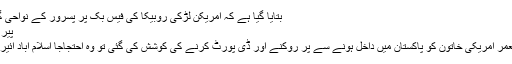
بتایا گیا ہے کہ امریکن لڑکی روبیکا کی فیس بک پر پسرور کے نواحی گاں جسوراں کے 24 سالہ ...
پیر‬‮ 11 ‬‮نومبر‬‮ 2019 | 13:49
اسلام آباد(مانیٹرنگ ڈیسک)معمر امریکی خاتون کو پاکستان میں داخل ہونے سے پر روکنے اور ڈی پورٹ کرنے کی کوشش کی گئی تو وہ احتجاجاً اسلام آباد ائیرپورٹ کے فرش پر لیٹ گئی۔